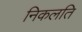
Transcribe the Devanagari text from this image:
निकलति